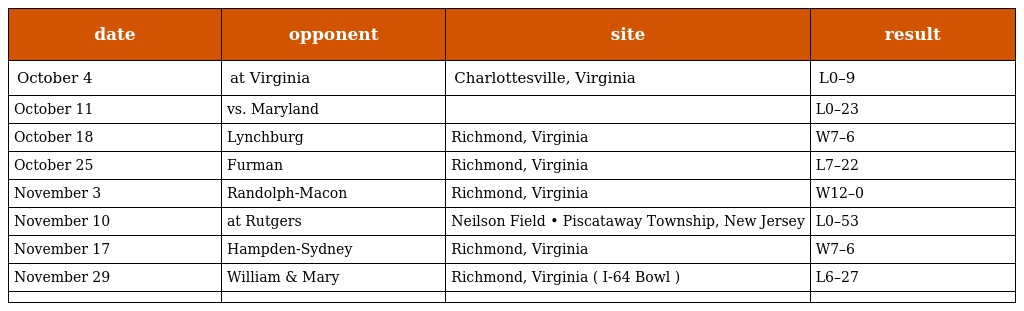
| date | opponent | site | result |
 | --- | --- | --- | --- |
 | October 4 | at Virginia | Charlottesville, Virginia | L0–9 |
 | October 11 | vs. Maryland |  | L0–23 |
 | October 18 | Lynchburg | Richmond, Virginia | W7–6 |
 | October 25 | Furman | Richmond, Virginia | L7–22 |
 | November 3 | Randolph-Macon | Richmond, Virginia | W12–0 |
 | November 10 | at Rutgers | Neilson Field • Piscataway Township, New Jersey | L0–53 |
 | November 17 | Hampden-Sydney | Richmond, Virginia | W7–6 |
 | November 29 | William & Mary | Richmond, Virginia ( I-64 Bowl ) | L6–27 |
 |  |  |  |  |